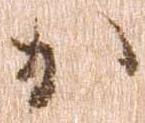
か